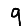
Digit: 9